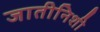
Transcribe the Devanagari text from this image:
जातीनिशी